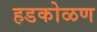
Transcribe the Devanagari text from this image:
हडकोळण